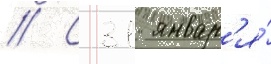
// С 31 январ'я́